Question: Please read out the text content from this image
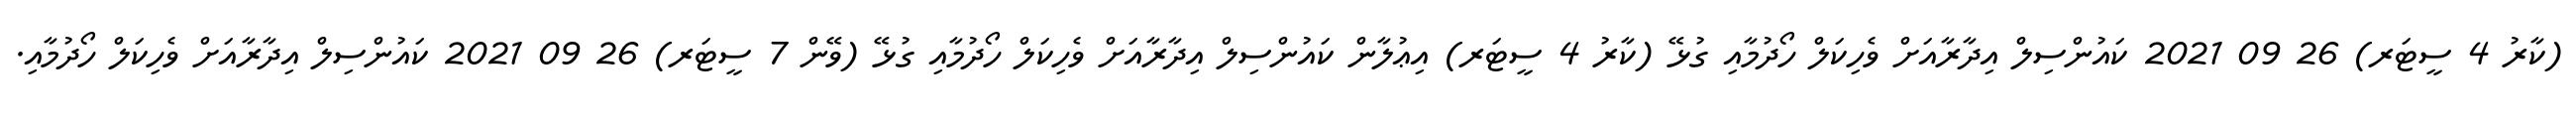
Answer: (ކާރު 4 ސީޓަރ) 26 09 2021 ކައުންސިލް އިދާރާއަށް ވެހިކަލް ހޯދުމާއި ގުޅޭ (ކާރު 4 ސީޓަރ) އިޢުލާން ކައުންސިލް އިދާރާއަށް ވެހިކަލް ހޯދުމާއި ގުޅޭ (ވޭން 7 ސީޓަރ) 26 09 2021 ކައުންސިލް އިދާރާއަށް ވެހިކަލް ހޯދުމާއި.